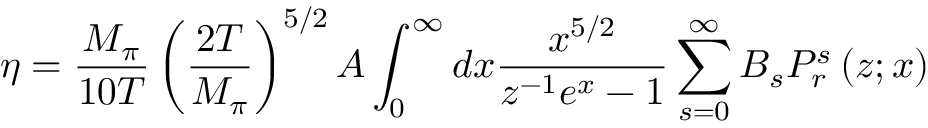
\eta = \frac { M _ { \pi } } { 1 0 T } \left( \frac { 2 T } { M _ { \pi } } \right) ^ { 5 / 2 } A \int _ { 0 } ^ { \infty } d x \frac { x ^ { 5 / 2 } } { z ^ { - 1 } e ^ { x } - 1 } \sum _ { s = 0 } ^ { \infty } B _ { s } P _ { r } ^ { s } \left( z ; x \right)